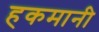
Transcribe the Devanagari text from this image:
हकमानी